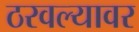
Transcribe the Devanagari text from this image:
ठरवल्यावर